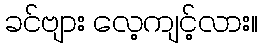
ခင်ဗျား လေ့ကျင့်လား။